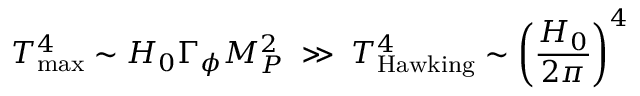
T _ { \mathrm { m a x } } ^ { 4 } \sim H _ { 0 } \Gamma _ { \phi } M _ { P } ^ { 2 } \; \gg \; T _ { \mathrm { H a w k i n g } } ^ { 4 } \sim \left( \frac { H _ { 0 } } { 2 \pi } \right) ^ { 4 }